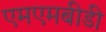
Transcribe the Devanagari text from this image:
एमएमबीडी